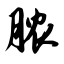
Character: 脓